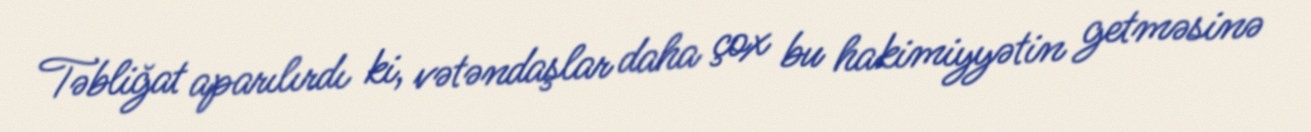
Təbliğat aparılırdı ki, vətəndaşlar daha çox bu hakimiyyətin getməsinə